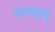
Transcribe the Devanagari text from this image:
पण्चम्